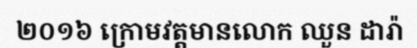
២០១៦ ក្រោមវត្តមានលោក ឈួន ដារ៉ា